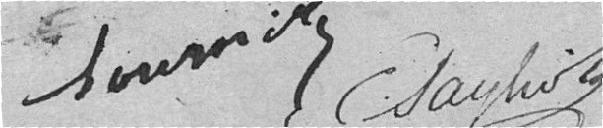
FOURNIER, SAGLIO